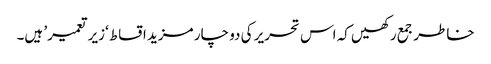
خاطر جمع رکھیں کہ اس تحریر کی دو چار مزید اقساط ‘زیر تعمیر’ ہیں۔